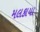
મલકાયા